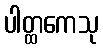
ပါတ္ထကေသု